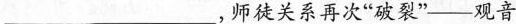
___,师徒关系再次”破裂”——观音